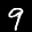
Label: 9